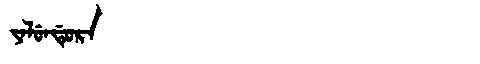
Manchu: ᠶᠠᠯᡠᠨᡩᡠᡵᠠ
Romanization: YALUNDURA